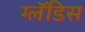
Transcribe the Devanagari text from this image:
ग्लॅडिस